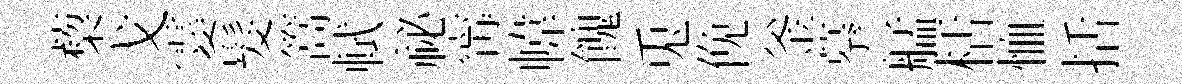
蔾戈霎髮篙軾祕𡩋幃餽兎俛釜摹艋栝恤括